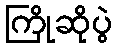
ကြိုဆိုပွဲ